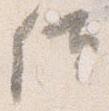
位